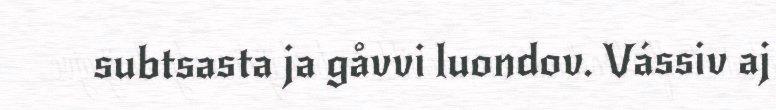
subtsasta ja gåvvi luondov. Vássiv aj